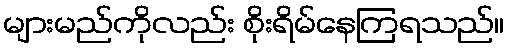
များမည်ကိုလည်း စိုးရိမ်နေကြရသည်။